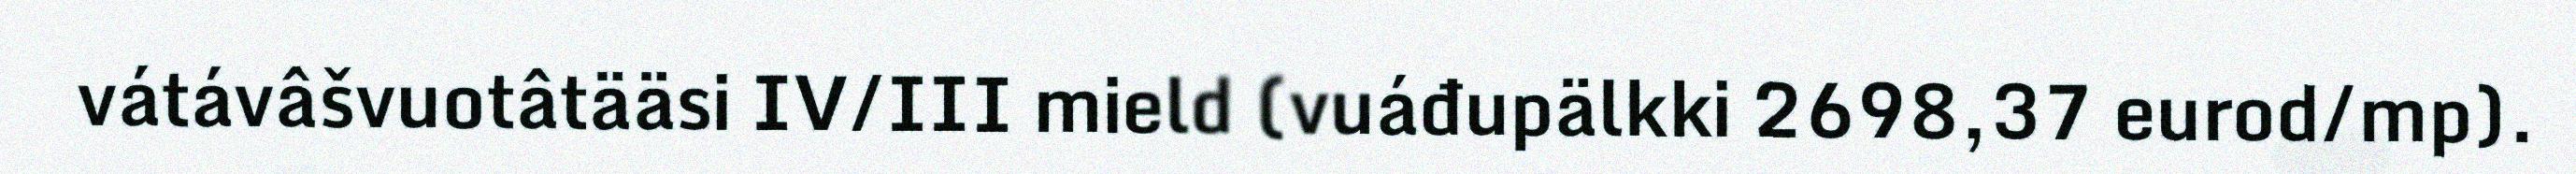
vátávâšvuotâtääsi IV/III mield (vuáđupälkki 2698,37 eurod/mp).